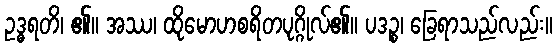
ဥဒ္ဓရတိ၊ ၏။ အဿ၊ ထိုမောဟစရိတပုဂ္ဂိုလ်၏။ ပဒဉ္စ၊ ခြေရာသည်လည်း။